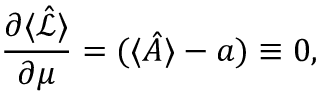
\frac { \partial \langle \hat { \mathcal { L } } \rangle } { \partial \mu } = ( \langle \hat { A } \rangle - a ) \equiv 0 ,